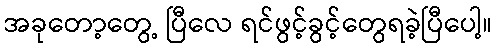
အခုတော့တွေ့ ပြီလေ ရင်ဖွင့်ခွင့်တွေရခဲ့ပြီပေါ့။